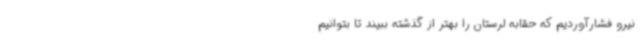
نیرو فشارآوردیم که حقابه لرستان را بهتر از گذشته ببیند تا بتوانیم